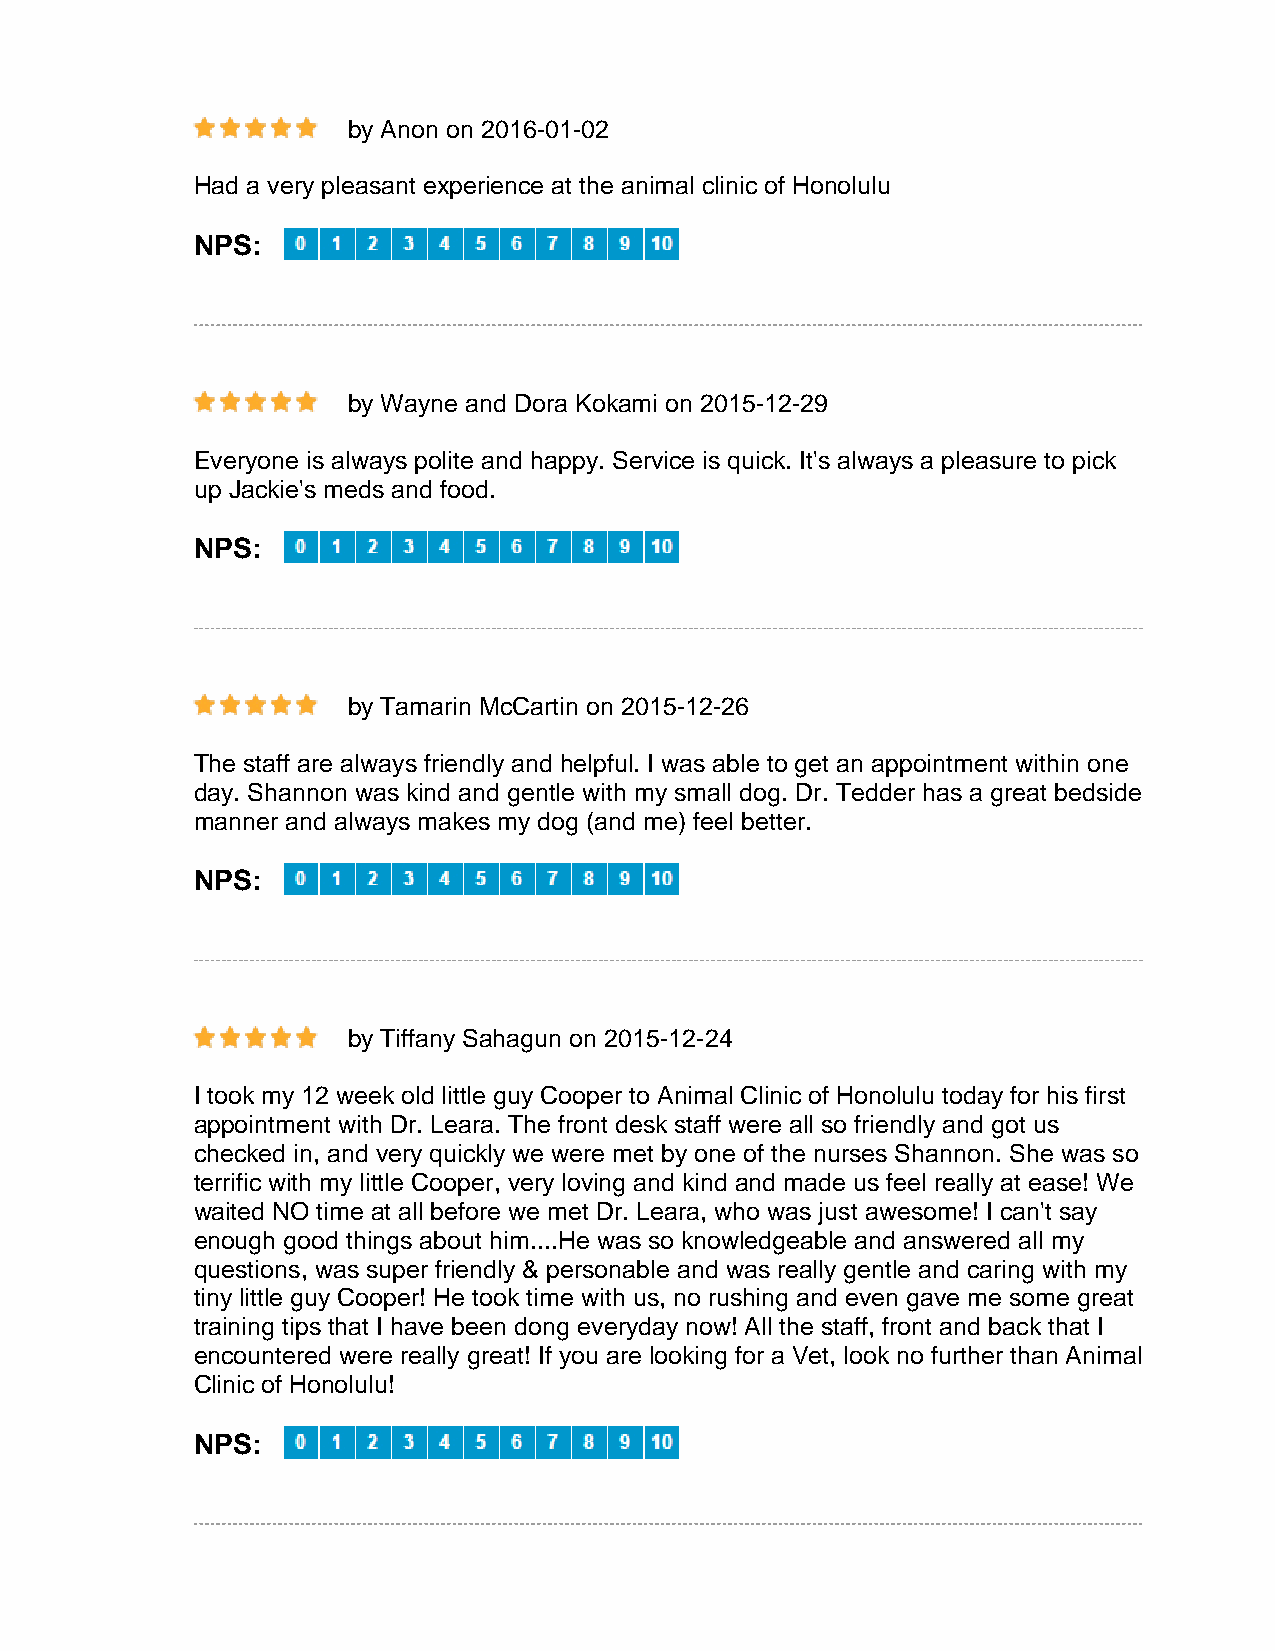
by Anon on 2016-01-02
 Had a very pleasant experience at the animal clinic of Honolulu
 NPS:
 by Wayne and Dora Kokami on 2015-12-29
 Everyone is always polite and happy. Service is quick. It's always a pleasure to pick
 up Jackie's meds and food.
 NPS:
 by Tamarin McCartin on 2015-12-26
 The staff are always friendly and helpful. I was able to get an appointment within one
 day. Shannon was kind and gentle with my small dog. Dr. Tedder has a great bedside
 manner and always makes my dog (and me) feel better.
 NPS:
 by Tiffany Sahagun on 2015-12-24
 I took my 12 week old little guy Cooper to Animal Clinic of Honolulu today for his first
 appointment with Dr. Leara. The front desk staff were all so friendly and got us
 checked in, and very quickly we were met by one of the nurses Shannon. She was so
 terrific with my little Cooper, very loving and kind and made us feel really at ease! We
 waited NO time at all before we met Dr. Leara, who was just awesome! I can't say
 enough good things about him....He was so knowledgeable and answered all my
 questions, was super friendly & personable and was really gentle and caring with my
 tiny little guy Cooper! He took time with us, no rushing and even gave me some great
 training tips that I have been dong everyday now! All the staff, front and back that I
 encountered were really great! If you are looking for a Vet, look no further than Animal
 Clinic of Honolulu!
 NPS: